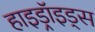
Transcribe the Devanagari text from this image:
हाइड्रॉइड्स